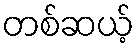
တစ်ဆယ့်